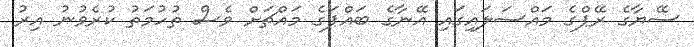
ސޭޔާގެ ރޭޕްގެ މައްސަލައިގައި އޭނާގެ ބައްޕަގެ މައްޗަށް ވެސް ތުހުމަތު ކުރެވުނު އިރު